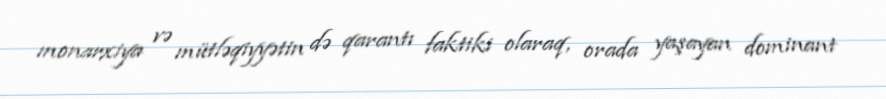
monarxiya və mütləqiyyətin də qarantı faktiki olaraq, orada yaşayan dominant